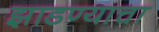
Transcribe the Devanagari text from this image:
झाडण्याचा